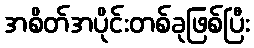
အစိတ်အပိုင်းတစ်ခုဖြစ်ပြီး